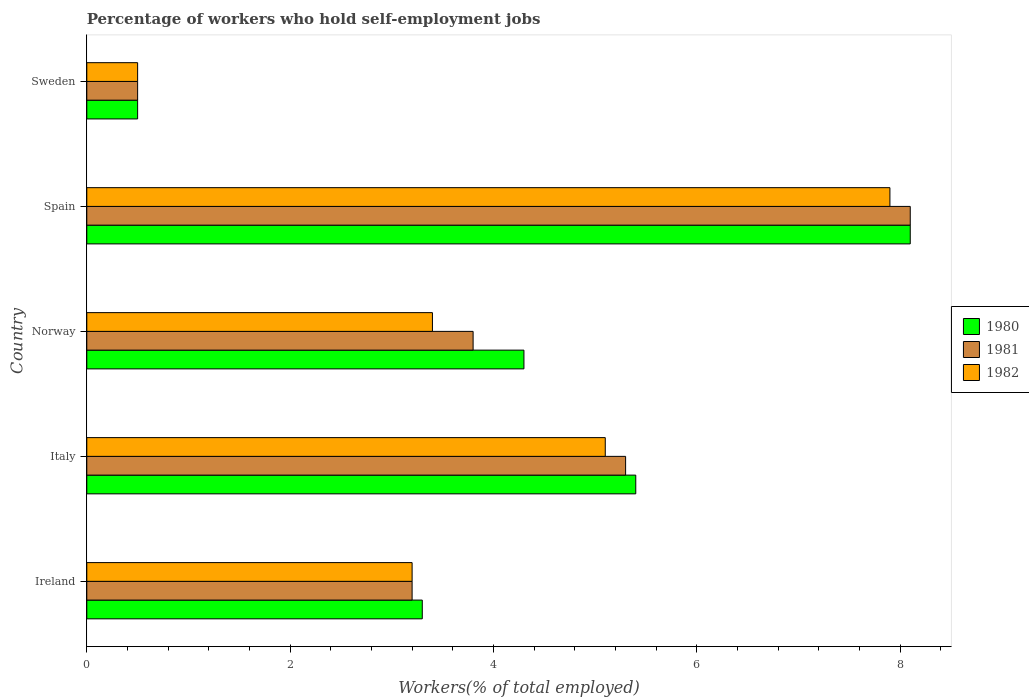
| Country | 1980 | 1981 | 1982 |
 | --- | --- | --- | --- |
 | Ireland | 3.3 | 3.2 | 3.2 |
 | Italy | 5.4 | 5.3 | 5.1 |
 | Norway | 4.3 | 3.8 | 3.4 |
 | Spain | 8.1 | 8.1 | 7.9 |
 | Sweden | 0.5 | 0.5 | 0.5 |